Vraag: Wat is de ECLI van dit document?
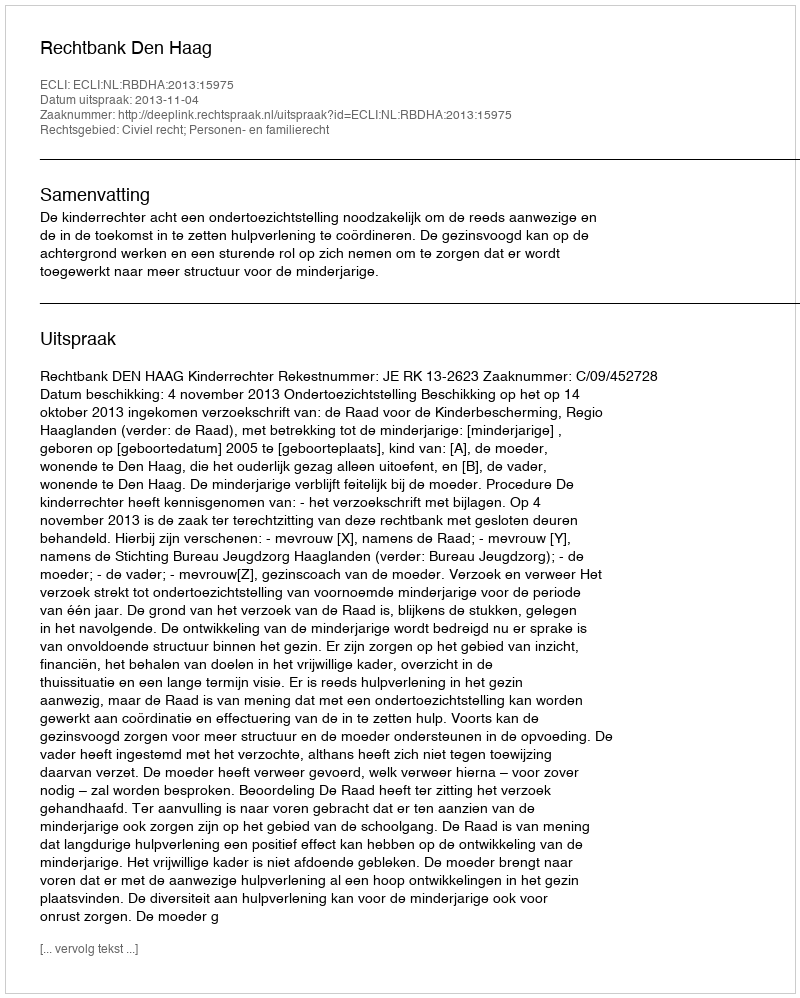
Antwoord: ECLI:NL:RBDHA:2013:15975